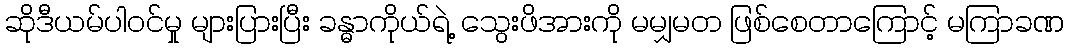
ဆိုဒီယမ်ပါဝင်မှု များပြားပြီး ခန္ဓာကိုယ်ရဲ့ သွေးဖိအားကို မမျှမတ ဖြစ်စေတာကြောင့် မကြာခဏ